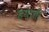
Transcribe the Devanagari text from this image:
हयाती